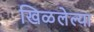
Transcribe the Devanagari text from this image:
खिळलेल्या